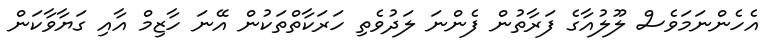
އެހެންނަމަވެސް ލޫލުއާގެ ފަރާތުން ފެންނަ ލަދުވެތި ހަރަކާތްތަކުން އޭނަ ހާޒިމް އާއި ގަޔާވާކަން